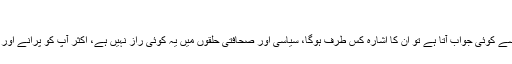
‘
مسٹر جیٹلی کا اشارہ کس طرف تھا، اور اگر مسٹر دگ وجے سنگھ کی طرف سے کوئی جواب آتا ہے تو ان کا اشارہ کس طرف ہوگا، سیاسی اور صحافتی حلقوں میں یہ کوئی راز نہیں ہے، اکثر آپ کو پرانے اور نئے رہنماؤں کے بارے میں طرح طرح کی افواہیں سننے کو مل ہی جاتی ہیں۔